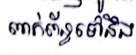
ពាក់ព័ន្ធទៅនឹង